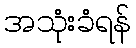
အသုံးခံရန်